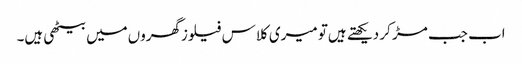
اب جب مڑ کر دیکھتے ہیں‌تو میری کلاس فیلوزگھروں‌میں‌بیٹھی ہیں۔